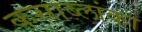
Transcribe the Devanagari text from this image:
कसाब्लांका